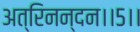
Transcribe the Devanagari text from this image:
अत्रिनन्‍दन।।५।।